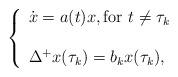
LaTeX: \begin{align*}\left\{\begin{array}{l}\dot{x}=a(t)x, \textnormal{for $t\neq \tau_{k}$}\\\\\Delta^{+}x(\tau_{k})=b_{k}x(\tau_{k}),\end{array}\right. \end{align*}